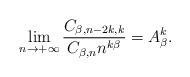
LaTeX: \begin{align*}&\lim_{n\to+\infty}\frac{C_{\beta,n-2k,k}}{C_{\beta,n}n^{k\beta}}=A_{\beta}^k.\end{align*}